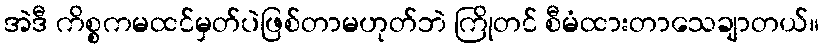
အဲဒီ ကိစ္စကမထင်မှတ်ပဲဖြစ်တာမဟုတ်ဘဲ ကြိုတင် စီမံထားတာသေချာတယ်။